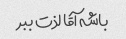
باشه آقا لذت ببر